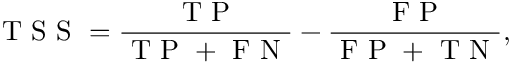
\mathrm { ~ T ~ S ~ S ~ } = \frac { \mathrm { ~ T ~ P ~ } } { \mathrm { ~ T ~ P ~ + ~ F ~ N ~ } } - \frac { \mathrm { ~ F ~ P ~ } } { \mathrm { ~ F ~ P ~ + ~ T ~ N ~ } } ,